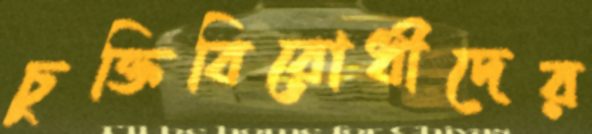
চুক্তিবিরোধীদের